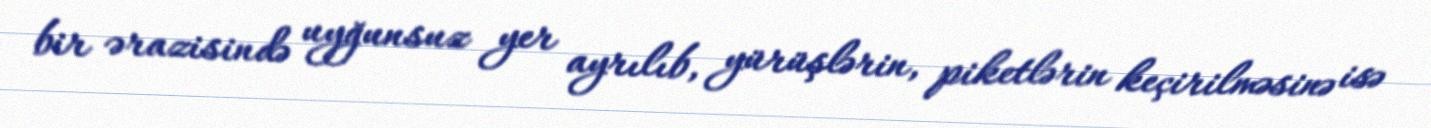
bir ərazisində uyğunsuz yer ayrılıb, yürüşlərin, piketlərin keçirilməsinə isə